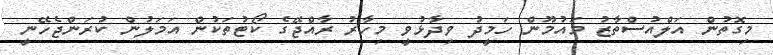
މިގޮތުން އަލްއުސްތާޒު މައުމޫން ހަމީދު ވިދާޅުވީ މިހާރު ރާއްޖޭގެ ކޯޓުތަކުން އަމަލުން ކުރަންޖެހޭނީ